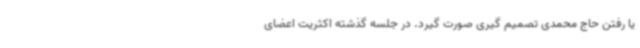
یا رفتن حاج محمدی تصمیم گیری صورت گیرد. در جلسه گذشته اکثریت اعضای